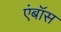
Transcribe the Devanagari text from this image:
एंबॉस